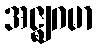
အဇ္ဈဂမာ